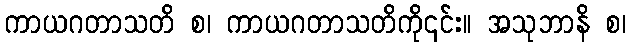
ကာယဂတာသတိ စ၊ ကာယဂတာသတိကို၎င်း။ အသုဘာနိ စ၊